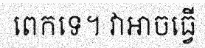
ពេកទេ។ វាអាចធ្វើ